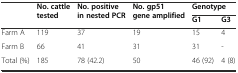
<table><thead><tr><td rowspan="2"></td><td rowspan="2"><b>No. cattle tested</b></td><td rowspan="2"><b>No. positive in nested PCR</b></td><td rowspan="2"><b>No. gp51 gene amplified</b></td><td colspan="2"><b>Genotype</b></td></tr><tr><td><b>G1</b></td><td><b>G3</b></td></tr></thead><tbody><tr><td>Farm A</td><td>119</td><td>37</td><td>19</td><td>15</td><td>4</td></tr><tr><td>Farm B</td><td>66</td><td>41</td><td>31</td><td>31</td><td>-</td></tr><tr><td>Total (%)</td><td>185</td><td>78 (42.2)</td><td>50</td><td>46 (92)</td><td>4 (8)</td></tr></tbody></table>